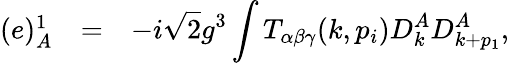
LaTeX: \begin{array}{rcl}{{(e)_{A}^{1}}}&{{=}}&{{\displaystyle-i\sqrt{2}g^{3}\int T_{\alpha\beta\gamma}(k,p_{i})D_{k}^{A}D_{k+p_{1}}^{A},}}\end{array}